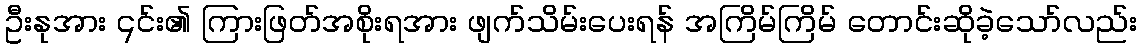
ဦးနုအား ၎င်း၏ ကြားဖြတ်အစိုးရအား ဖျက်သိမ်းပေးရန် အကြိမ်ကြိမ် တောင်းဆိုခဲ့သော်လည်း